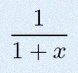
\frac{1}{1+x}